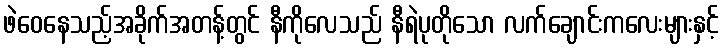
ဖဲဝေနေသည့်အခိုက်အတန့်တွင် နီကိုလေသည် နီရဲပုတိုသော လက်ချောင်းကလေးများနှင့်